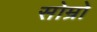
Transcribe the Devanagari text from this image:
सोम्रो